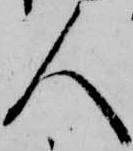
人